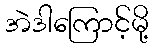
အဲဒါကြောင့်မို့